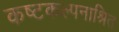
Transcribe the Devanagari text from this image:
कष्टकल्पनाश्रित